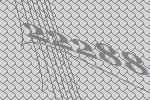
22288